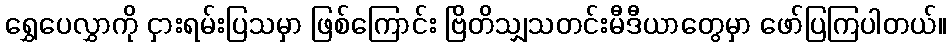
ရွှေပေလွှာကို ငှားရမ်းပြသမှာ ဖြစ်ကြောင်း ဗြိတိသျှသတင်းမီဒီယာတွေမှာ ဖော်ပြကြပါတယ်။